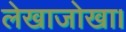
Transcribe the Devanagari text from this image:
लेखाजोखा।